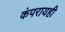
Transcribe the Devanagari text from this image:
कंपरायही